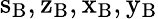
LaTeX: \mathrm{s_{B},z_{B},x_{B},y_{B}}